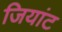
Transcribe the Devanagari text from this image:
जियांट